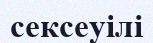
сексеуілі